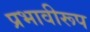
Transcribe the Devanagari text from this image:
प्रभावीरूप